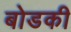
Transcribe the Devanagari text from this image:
बोडकी